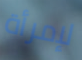
لإمرأة